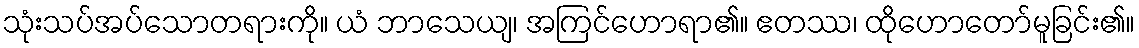
သုံးသပ်အပ်သောတရားကို။ ယံ ဘာသေယျ၊ အကြင်ဟောရာ၏။ ဧတဿ၊ ထိုဟောတော်မူခြင်း၏။